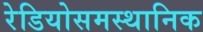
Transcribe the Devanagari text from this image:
रेडियोसमस्थानिक